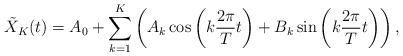
LaTeX: \begin{align*} \tilde{X}_{K}(t)= A_0 +\sum_{k=1}^{K} \left(A_k \cos \left(k \dfrac{2\pi}{T} t\right) + B_k \sin \left(k \dfrac{2\pi}{T} t\right)\right),\end{align*}